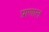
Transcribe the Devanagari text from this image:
प्राणाल